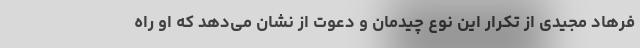
فرهاد مجیدی از تکرار این نوع چیدمان و دعوت از نشان می‌دهد که او راه